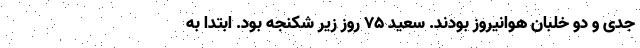
جدی و دو خلبان هوانیروز بودند. سعید 75 روز زیر شکنجه بود. ابتدا به